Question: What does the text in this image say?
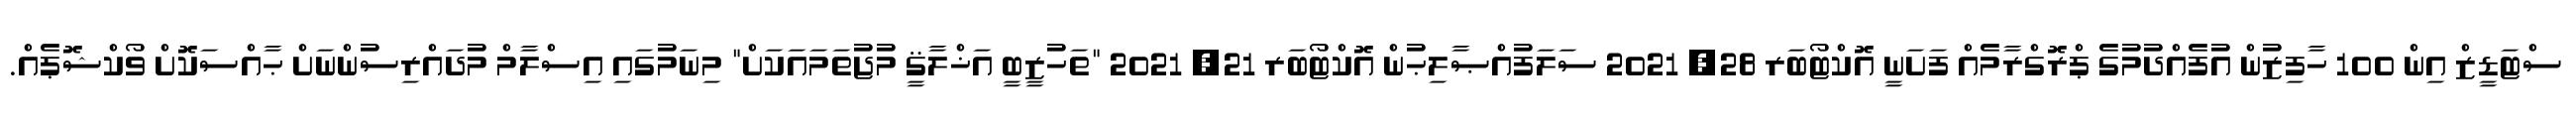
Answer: ސްޓަޑީޒް އިން 100 ހާފިޒުން އުފެއްދުމުގެ ޕްރޮގްރާމެއް ފަށަނީ އޮކްޓޯބަރ 28, 2021 ސަލަފުއްޞާލިޙުން އޮކްޓޯބަރ 21, 2021 "ތަހުޒީބީ އަޚްލާޤީ މުޖުތަމައަކަށް" މިނަމުގައި އިސްލާމް މުދައްރިސުންނަށް ޙާއްސަކޮށް ވޯކްޝޮޕެއް.